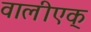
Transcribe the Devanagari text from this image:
वालीएक्